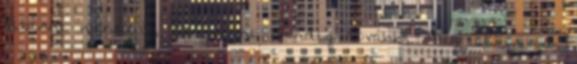
Kibírni mindent, És menni mindig tovább, Még akkor is,